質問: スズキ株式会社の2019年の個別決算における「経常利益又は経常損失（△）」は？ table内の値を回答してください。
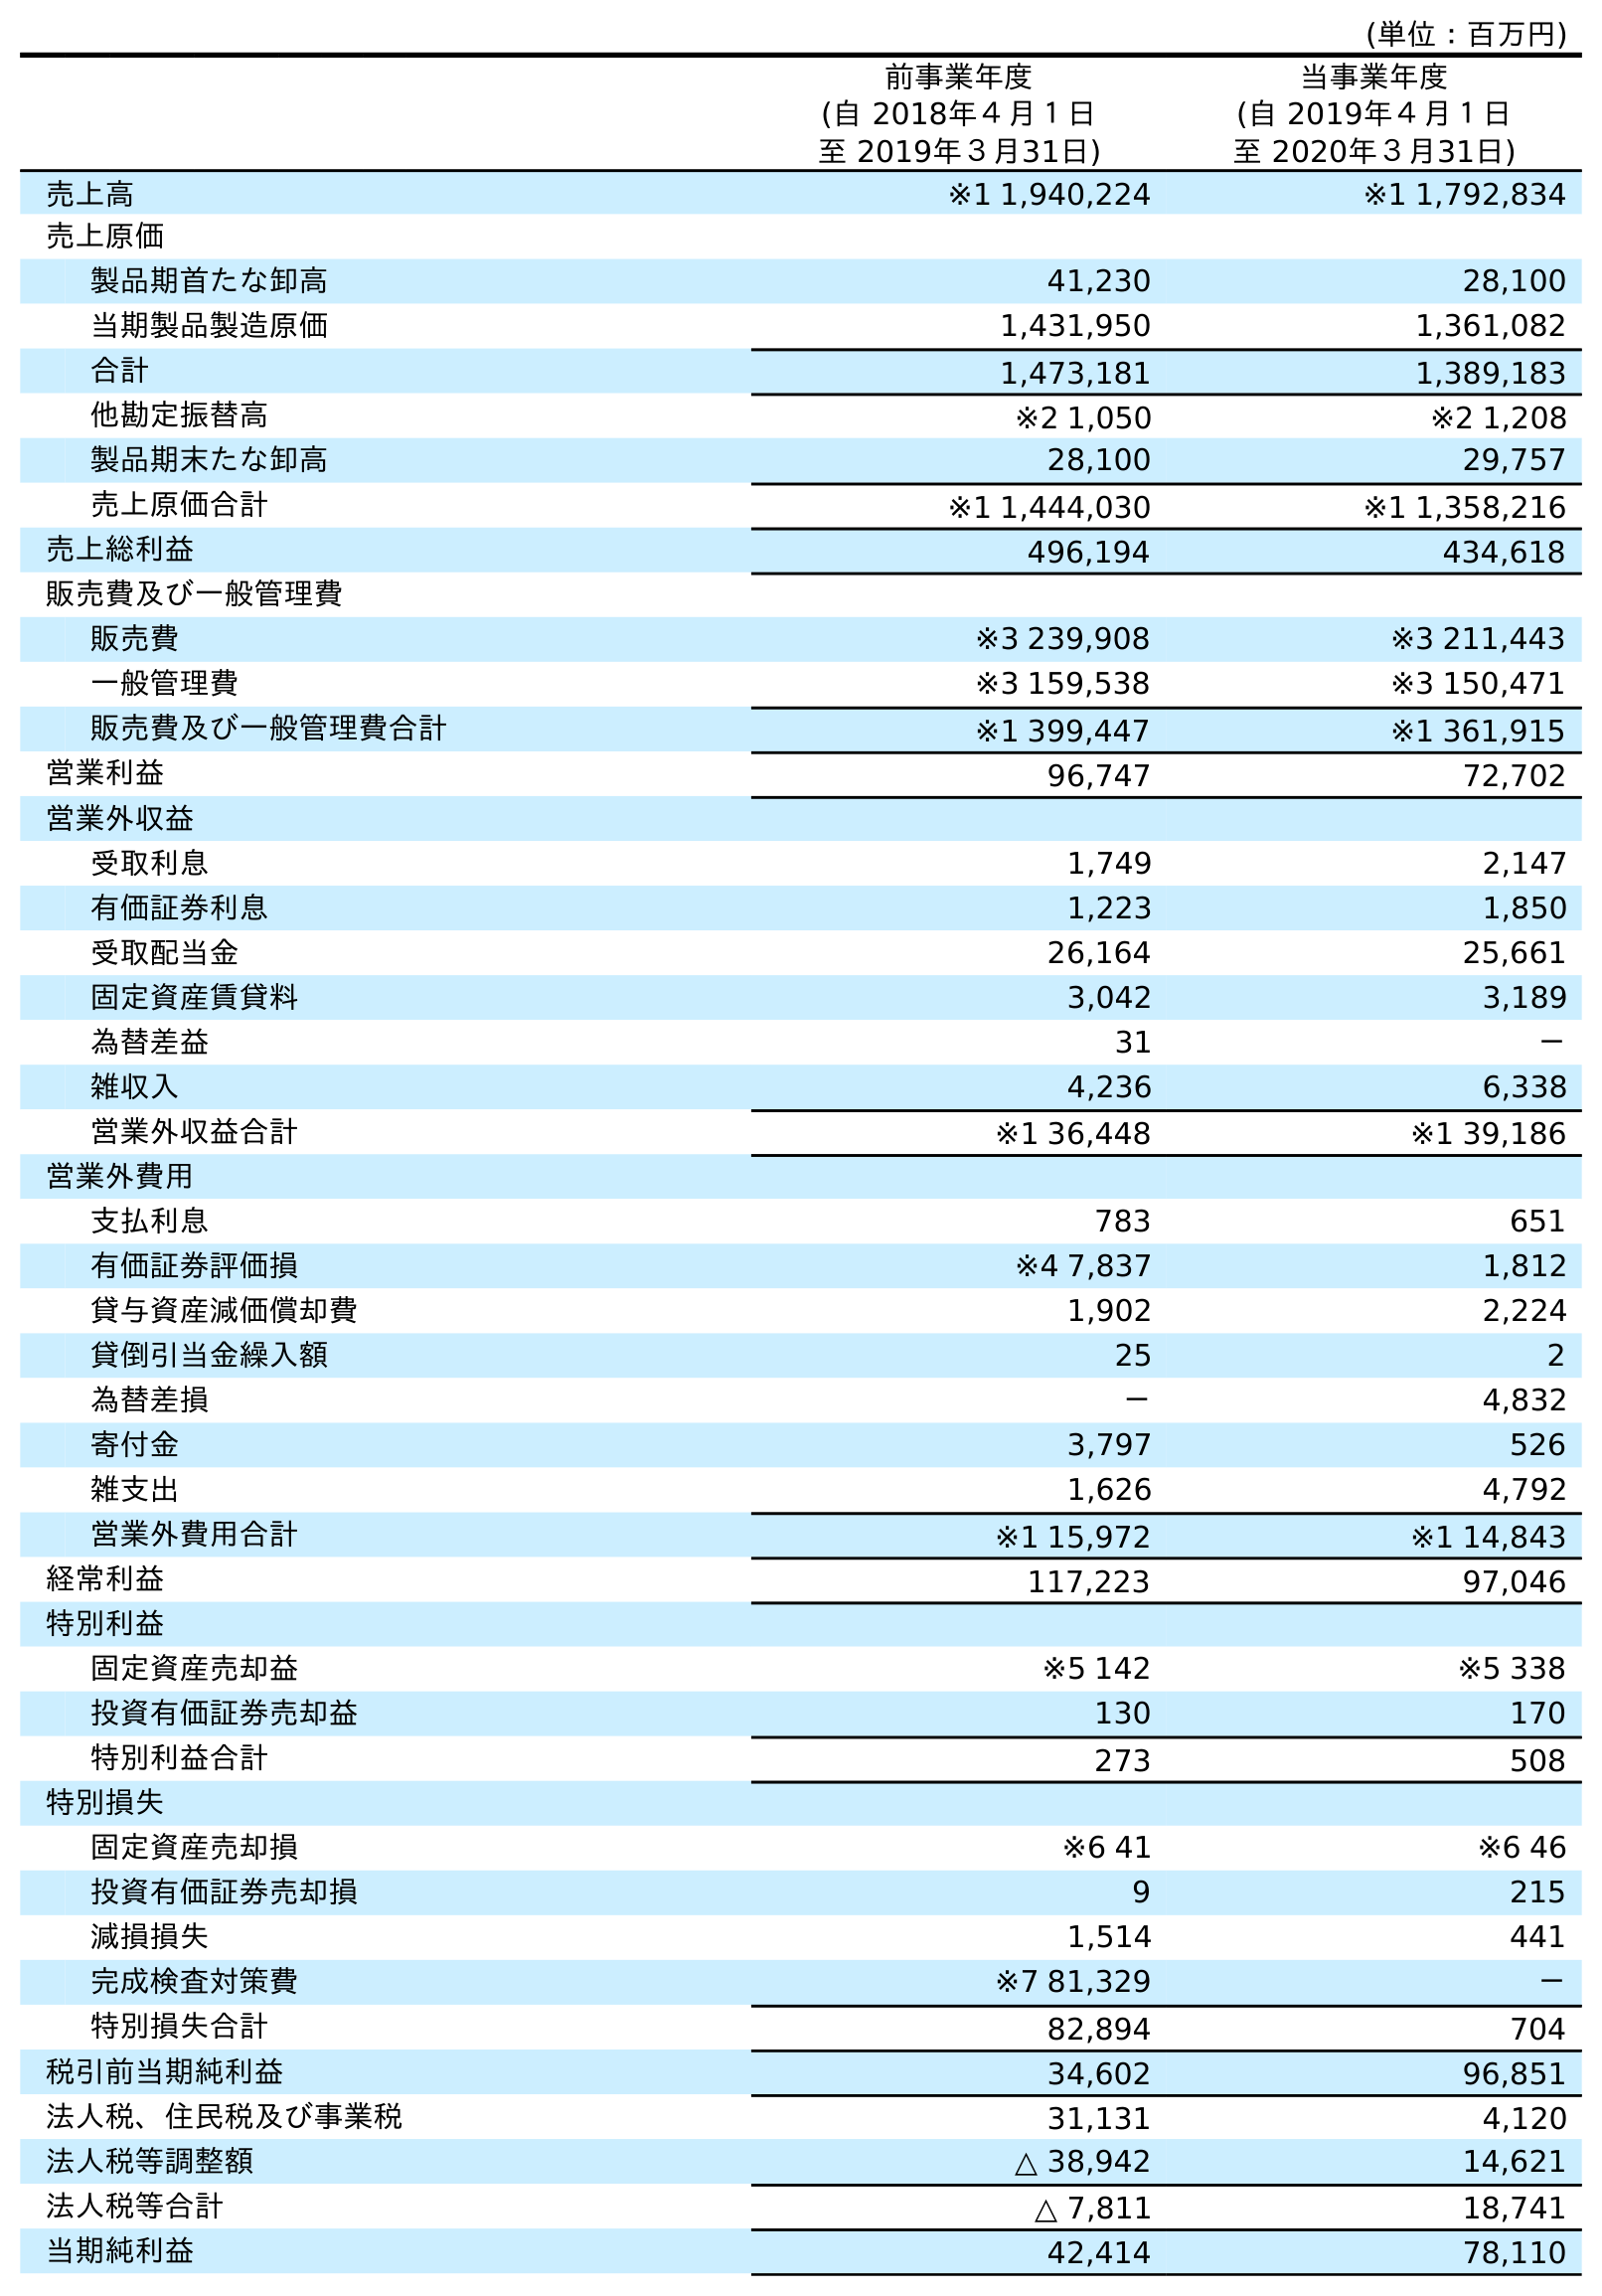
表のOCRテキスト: (単位：百万円) 前事業年度 (自 2018年４月１日 至 2019年３月31日) 当事業年度 (自 2019年４月１日 至 2020年３月31日) 売上高 ※1 1,940,224 ※1 1,792,834 売上原価 製品期首たな卸高 41,230 28,100 当期製品製造原価 1,431,950 1,361,082 合計 1,473,181 1,389,183 他勘定振替高 ※2 1,050 ※2 1,208 製品期末たな卸高 28,100 29,757 売上原価合計 ※1 1,444,030 ※1 1,358,216 売上総利益 496,194 434,618 販売費及び一般管理費 販売費 ※3 239,908 ※3 211,443 一般管理費 ※3 159,538 ※3 150,471 販売費及び一般管理費合計 ※1 399,447 ※1 361,915 営業利益 96,747 72,702 営業外収益 受取利息 1,749 2,147 有価証券利息 1,223 1,850 受取配当金 26,164 25,661 固定資産賃貸料 3,042 3,189 為替差益 31 － 雑収入 4,236 6,338 営業外収益合計 ※1 36,448 ※1 39,186 営業外費用 支払利息 783 651 有価証券評価損 ※4 7,837 1,812 貸与資産減価償却費 1,902 2,224 貸倒引当金繰入額 25 2 為替差損 － 4,832 寄付金 3,797 526 雑支出 1,626 4,792 営業外費用合計 ※1 15,972 ※1 14,843 経常利益 117,223 97,046 特別利益 固定資産売却益 ※5 142 ※5 338 投資有価証券売却益 130 170 特別利益合計 273 508 特別損失 固定資産売却損 ※6 41 ※6 46 投資有価証券売却損 9 215 減損損失 1,514 441 完成検査対策費 ※7 81,329 － 特別損失合計 82,894 704 税引前当期純利益 34,602 96,851 法人税、住民税及び事業税 31,131 4,120 法人税等調整額 △ 38,942 14,621 法人税等合計 △ 7,811 18,741 当期純利益 42,414 78,110
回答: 117,223